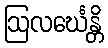
ဩလင်္ဃေန္တိ